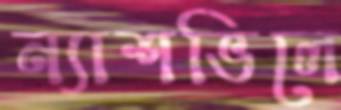
ন্যাশভিলে